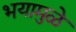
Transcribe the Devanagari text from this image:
भयामुळे